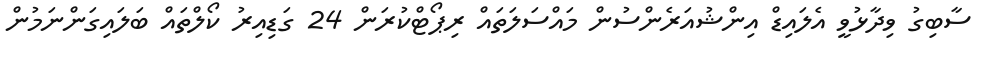
ސާބިގު ވިދާޅުވީ އެލައިޑް އިންޝުއަރެންސުން މައްސަލަތައް ރިޕޯޓްކުރަން 24 ގަޑިއިރު ކޯލްތައް ބަލައިގަންނަމުން